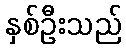
နှစ်ဦးသည်